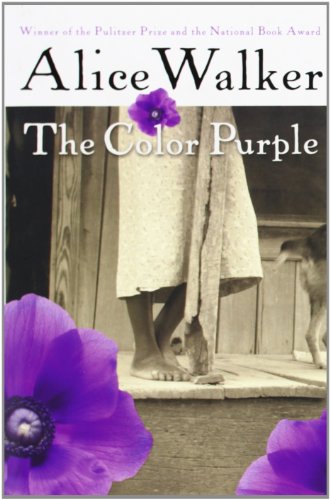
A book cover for The Color Purple; Alice Walker; Literature & Fiction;